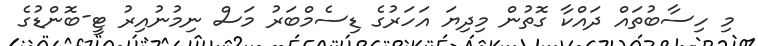
މި ހިސާބުތައް ދައްކާ ގޮތުން މިދިޔަ އަހަރުގެ ޑިސެމްބަރު މަސް ނިމުނުއިރު ޓީ-ބޮންޑުގެ